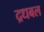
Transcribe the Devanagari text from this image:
द्रधबल